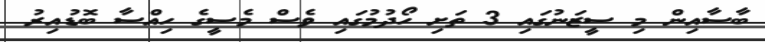
ބާސާއިން މި ސީޒަނުގައި 3 ތަށި ހޯދުމުގައި ވެސް މެސީގެ ހިއްސާ ބޮޑުއިރު